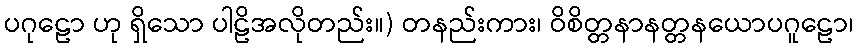
ပဂုဠော ဟု ရှိသော ပါဠိအလိုတည်း။) တနည်းကား၊ ဝိစိတ္တနာနတ္တနယောပဂူဠော၊